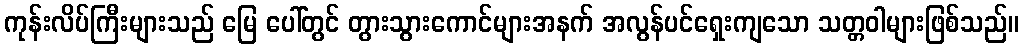
ကုန်းလိပ်ကြီးများသည် မြေ ပေါ်တွင် တွားသွားကောင်များအနက် အလွန်ပင်ရှေးကျသော သတ္တဝါများဖြစ်သည်။